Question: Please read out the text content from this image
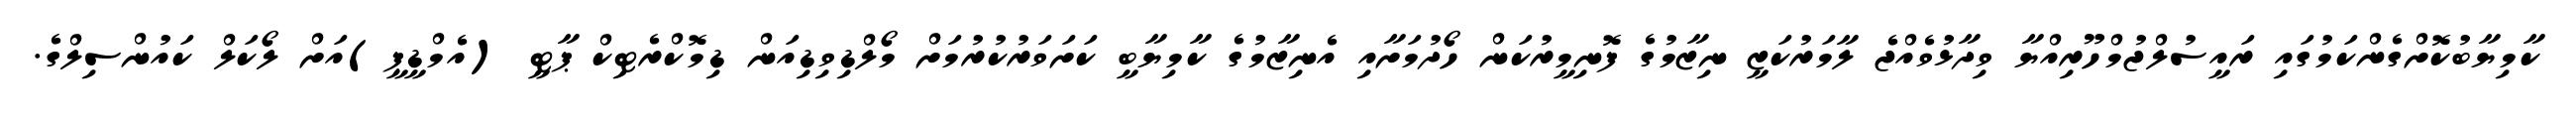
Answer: ކާމިޔާބުކޮށްގެންކަމުގައި ރައީސުލްޖުމްހޫރިއްޔާ ވިދާޅުވެއްޖެ ލާމަރުކަޒީ ނިޒާމުގެ ފޮނިމީރުކަން ހޯދުމަށާއި އެނިޒާމުގެ ކާމިޔާބީ ކަށަވަރުކުރުމަށް މޯލްޑިވިޑިއަން ޑިމޮކްރެޓިކް ޕާޓީ (އެމްޑީޕީ)އަށް ލޯކަލް ކައުންސިލްގެ.